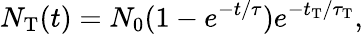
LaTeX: N_{\mathrm{T}}(t)=N_{0}(1-e^{-t/\tau})e^{-t_{\mathrm{T}}/\tau_{\mathrm{T}}},